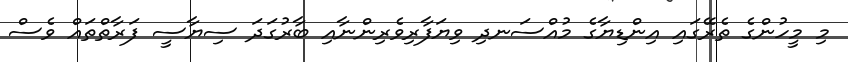
މި މީހުންގެ ތެރޭގައި އިންޑިޔާގެ މުއްސަނދި ވިޔަފާރިވެރިންނާއި ބާރުގަދަ ސިޔާސީ ފަރާތްތައް ވެސް